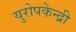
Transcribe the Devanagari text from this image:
युरोपकेन्द्री